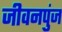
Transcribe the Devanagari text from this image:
जीवनपुंज